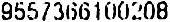
9557366100208